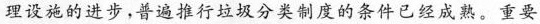
理设施的进步，普遍推行垃圾分类制度的条件已经成熟。重要